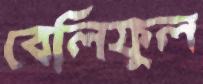
বেলিফুল